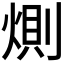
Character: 𭵎